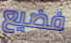
فضيع